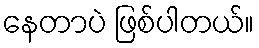
နေတာပဲ ဖြစ်ပါတယ်။